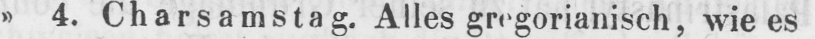
» 4. Charsamstag. Alles gregorianisch, wie es